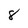
Character: 8